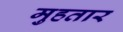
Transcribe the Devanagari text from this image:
मुहतार